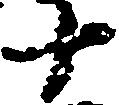
十